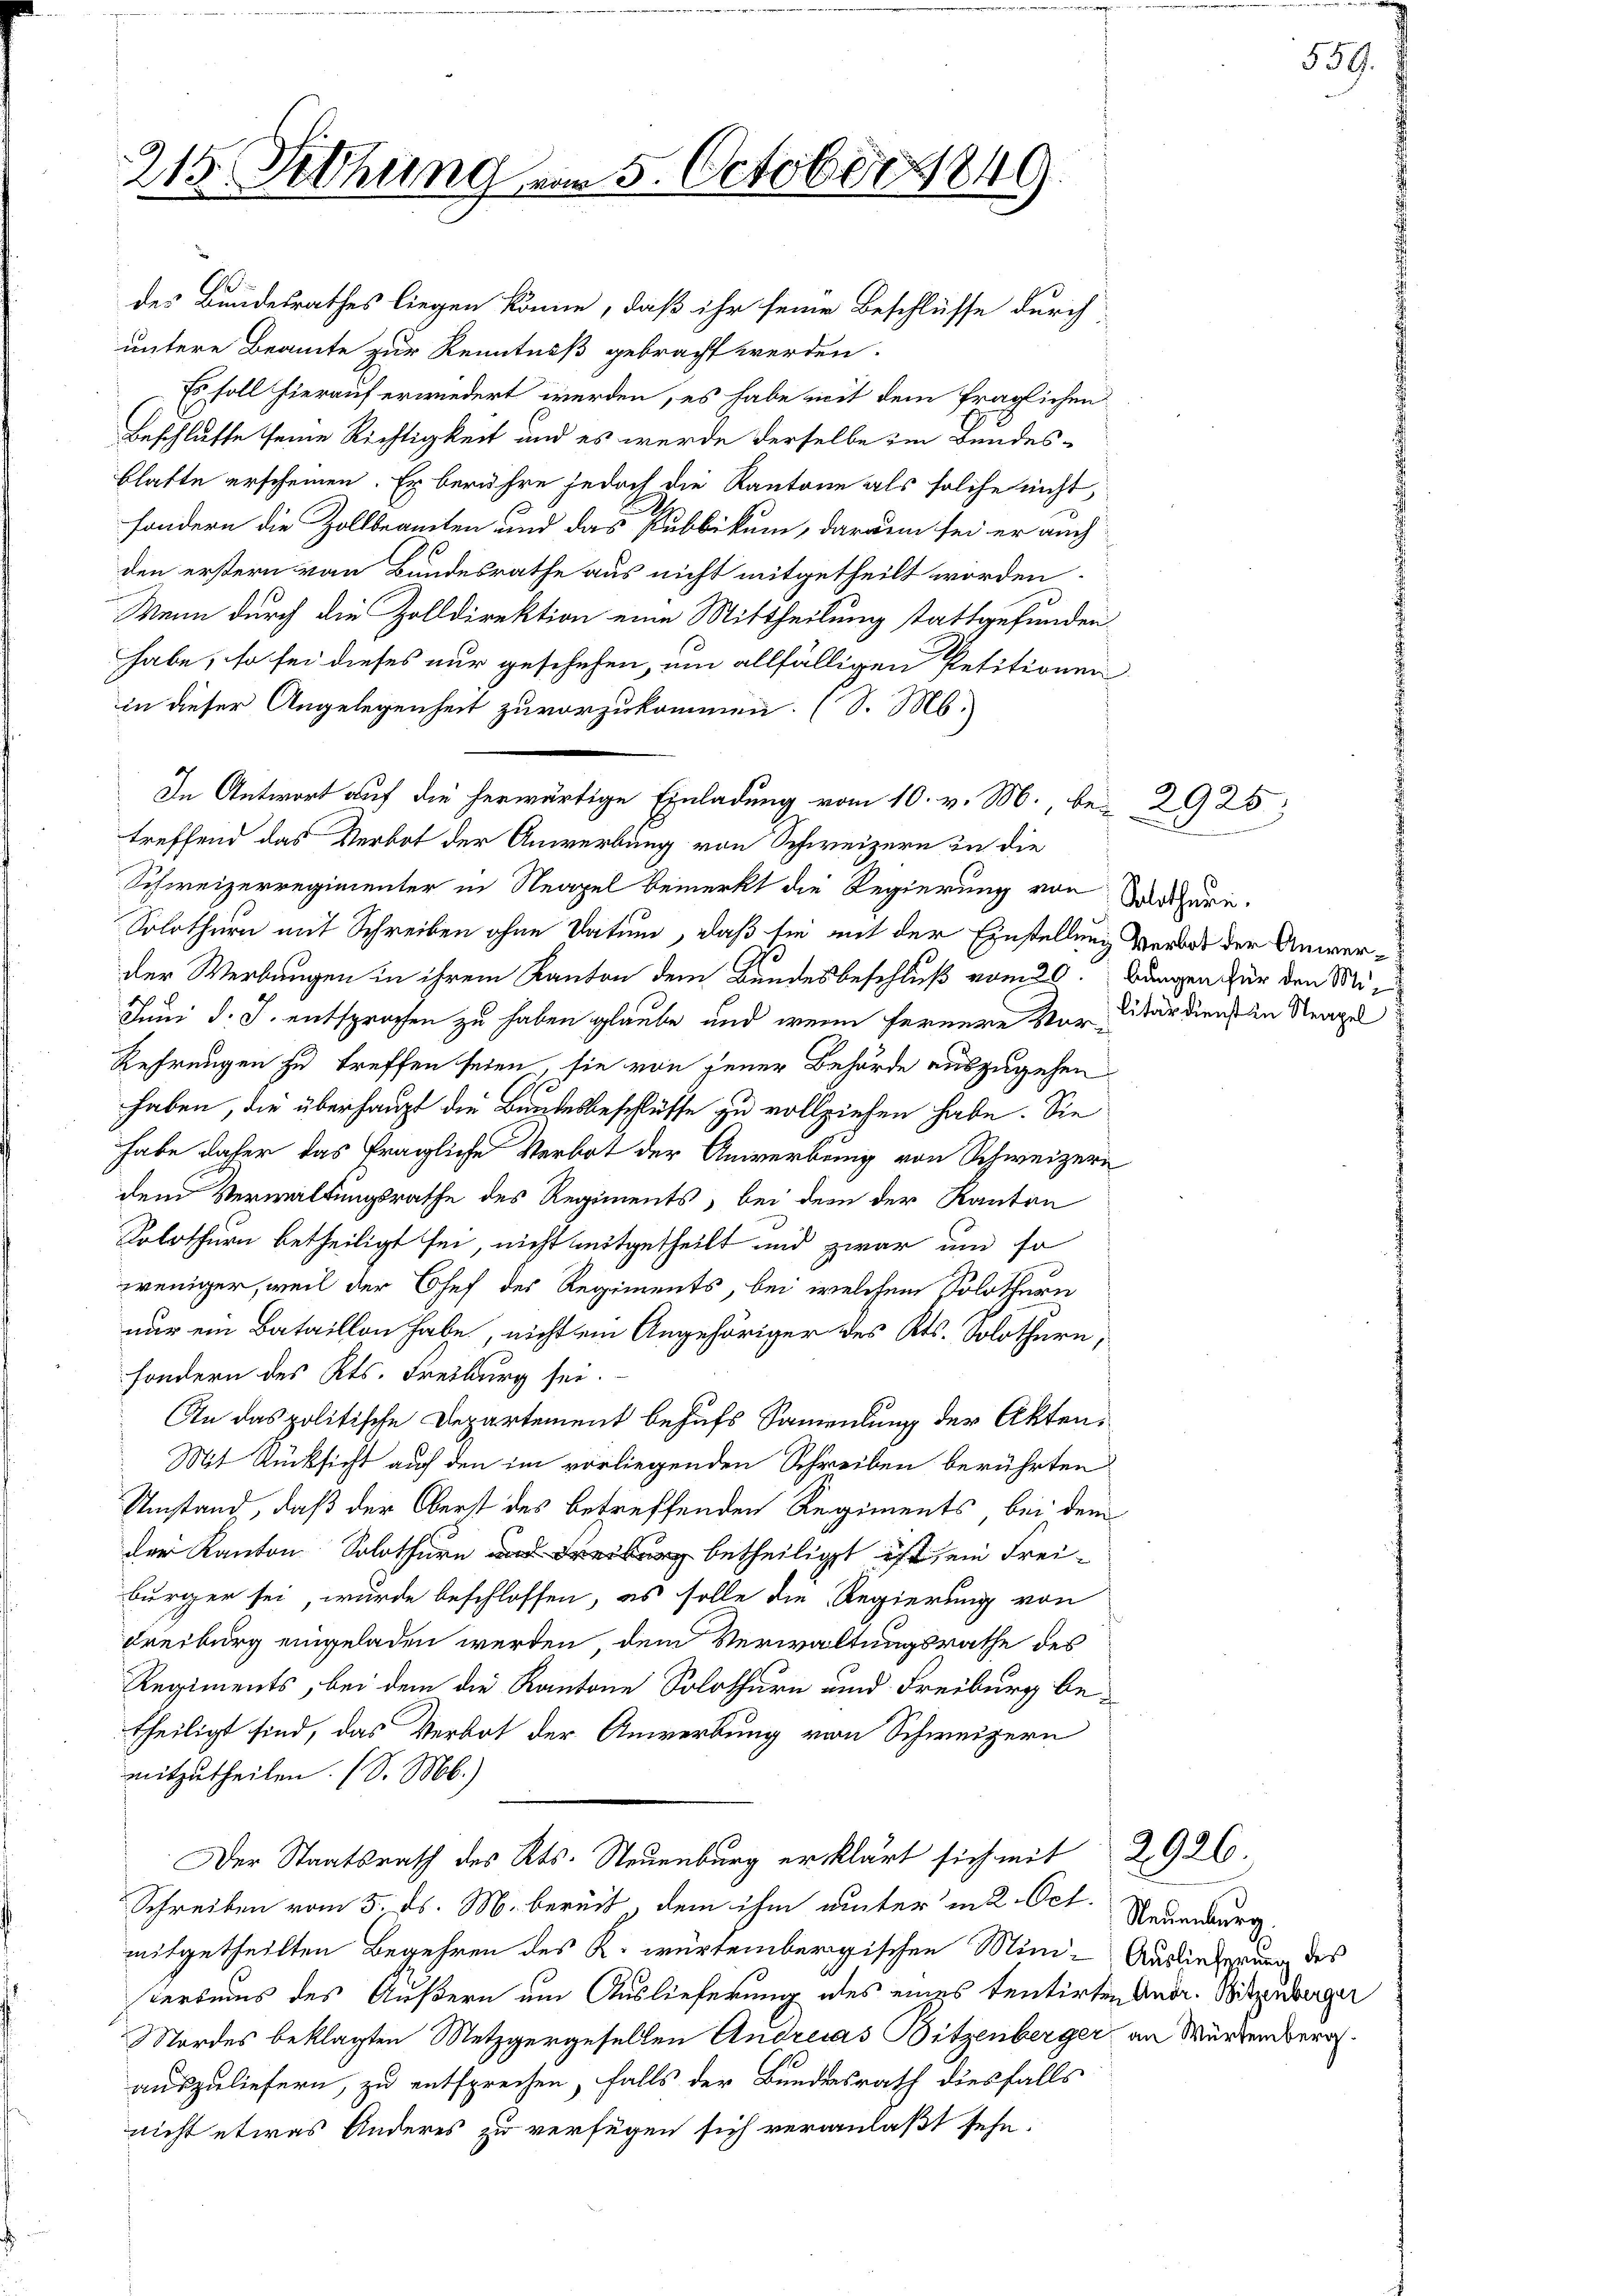
215 Rthung vom 5. October 1849

des Bundesrathes liegen könne, daß ihr seine Beschlüsse durch
untere Beamte zur Kenntniß gebracht werden.
Es soll hierauf erwiedert werden, es habe mit dem fraglichen
Beschlusse seine Richtigkeit und es werde derselbe im Bundes-
blatte erscheinen. Er berühre jedoch die Kantone als solche nicht,
sondern die Zollbeamten und das Publikum, daraun sei er auch
den erstern von Bundesrathe aus nicht mitgetheilt worden.
Wenn durch die Zolldirektion eine Mittheilung stattgefunden.
habe, so sei dieses nur geschehen, um allfälligen Petitionen
in dieser Angelegenheit zuvorzukommen. (S. Ms.
treffend das Verbot der Anwerbung von Schweizern in die
Schweizerregimenter in Neapel bemerkt die Regierung von Mathüre
Solothurn mit Schreiben ohne Datum, daß sie mit der Einstellung verart der Anwerder Werbungen in ihrem Kanton dem Bundesbeschluß vom 29. Bungen für den Mi¬
Juni d. J. entsprochen zu haben glaube und wenn fernere Vor-
Referungen zu treffen seien sie von jener Behörde auszugehen
haben, die überhaupt die Bundesbeschlüsse zu vollziehen habe. Sie
habe daher das fragliche Verbot der Anwerbung von Schweizern
dem Verwaltungsrathe des Regiments, bei dem der Kanton
Solothurn betheiligt sei, nicht mitgetheilt und zwar um so
weniger, weil der Chef des Regiments, bei welchem Solothurn
nur ein Bataillon habe, nicht ein Angehöriger des Kts. Solothurn,
sondern des Kts. Freiburg sei.
An das politische Departement behufs Samendung der Akten¬
Mit Rücksicht auf den im vorliegenden Schreiben berührten
Umstand, daß der Oberst des betreffenden Regiments, bei dem
der Kanton Solothurn und Freiburg betheiligt ist ein Frei-
bürger sei, wurde beschlossen, es solle die Regierung von
Freiburg eingeladen werden, dem Verwaltungsrathe des
Regiments, bei dem die Kantone Solothurn und Freiburg be-
theiligt sind, das Verbot der Anwerbung von Schweizern
mitzutheilen. (S. Mb.)
Der Staatsrath des Kts. Neuenburg erklärt sich mit 2926
Schreiben vom 5. ds. M. bereit, dem ihm unter in 2. Oct. Neuenburg
mitgetheilten Begehren des K. würtembergischen Mini- Auslieferung des
sterbens des Äußern um Auslieferung ales eines tentirten andr. Witzenberger
Mordes beklagten Metzgergesellen Andreas Bitzenberger, an Würzenberg.
auszuliefern, zu entsprechen, falls der Bundesrath diesfalls
nicht etwas Anderes zu verfügen sich veranlaßt sehe.

In Antwort auf die herwärtige Einladung vom 10. v. M., bei 2925

litärdienst in Neapel

559.